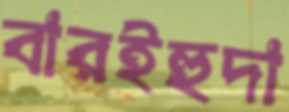
বারইহুদা